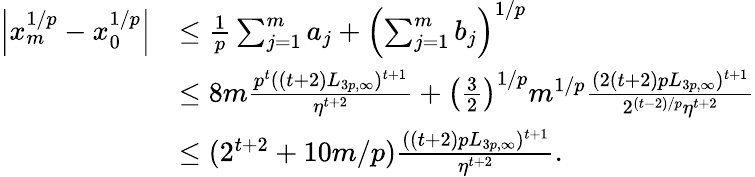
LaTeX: \begin{array}{rl}{\left\vert{x_{m}^{1/p}-x_{0}^{1/p}}\right\vert}&{\le\frac{1}{p}\sum_{j=1}^{m}a_{j}+\left(\sum_{j=1}^{m}b_{j}\right)^{1/p}}\\ &{\le 8m\frac{p^{t}((t+2)L_{3p,\infty})^{t+1}}{\eta^{t+2}}+\left(\frac{3}{2}\right)^{1/p}m^{1/p}\frac{(2(t+2)pL_{3p,\infty})^{t+1}}{2^{(t-2)/p}\eta^{t+2}}}\\ &{\le(2^{t+2}+10m/p)\frac{((t+2)pL_{3p,\infty})^{t+1}}{\eta^{t+2}}.}\end{array}